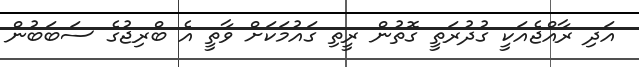
އަދި ރާއްޖެއަކީ ގުދުރަތީ ގޮތުން ރީތި ގައުމަކަށް ވާތީ އެ ބްރިޖުގެ ސަބަބުން